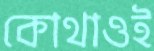
কোথাওই